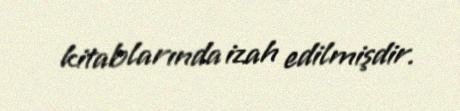
kitablarında izah edilmişdir.